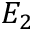
E _ { 2 }